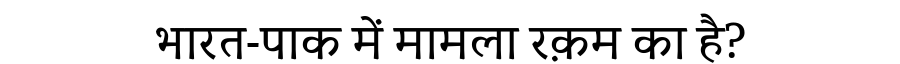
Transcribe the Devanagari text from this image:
भारत-पाक में मामला रक़म का है?